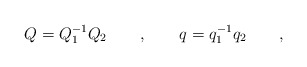
\begin{align*} Q=Q_1^{-1} Q_2 \qquad , \qquad q=q_1^{-1} q_2 \qquad ,\end{align*}